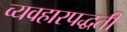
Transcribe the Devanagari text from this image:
व्यवहारपद्धती